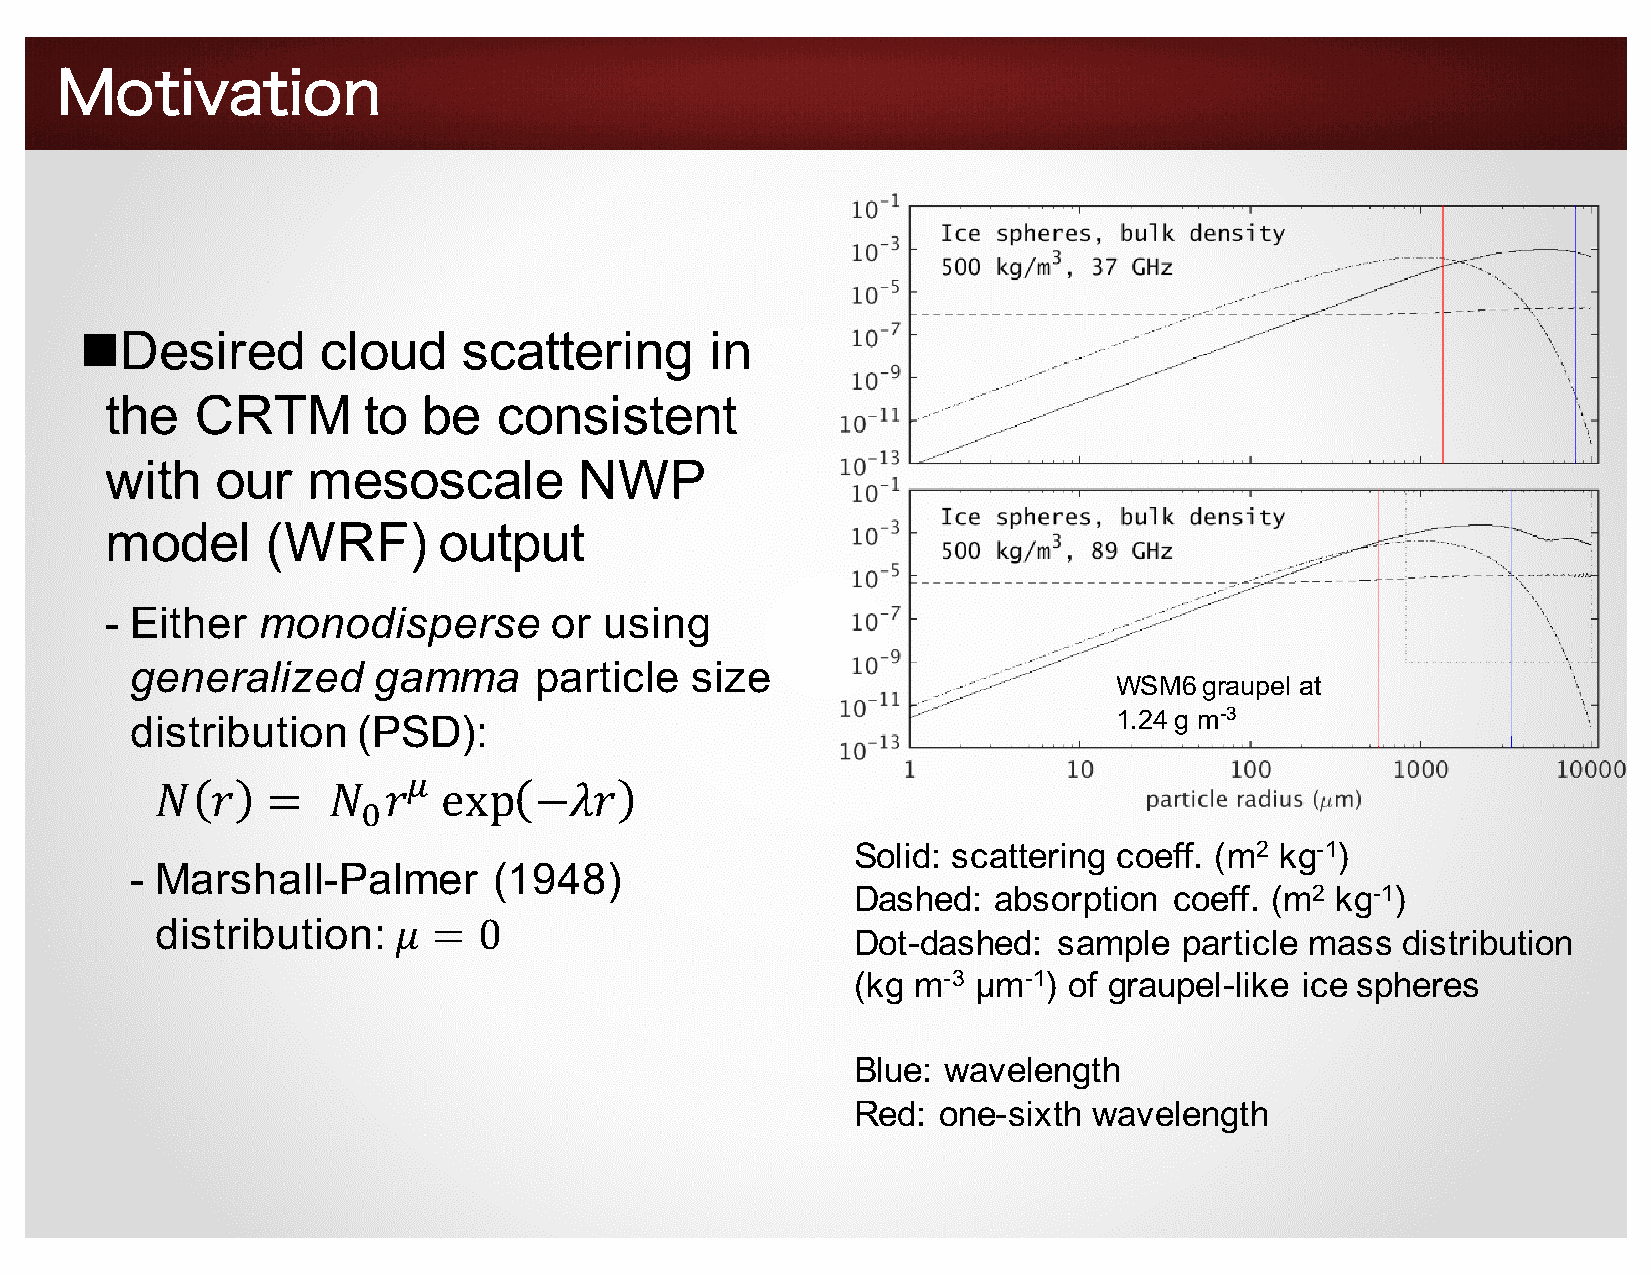
Motivation
 nDesired        cloud     scattering      in
 the   CRTM       to  be   consistent
 with   our   mesoscale         NWP
 model      (WRF)      output
 - Either  monodisperse       or  using
 generalized     gamma     particle   size
 WSM6  graupel at
 distribution   (PSD):                                            1.24 g m-3
 &
 !   "   =  $ ! "   exp   −+"
 %
 Solid: scattering coeff. (m2 kg-1)
 - Marshall-Palmer       (1948)
 Dashed:   absorption  coeff. (m2 kg-1)
 distribution:   𝜇  =  0
 Dot-dashed:   sample  particle mass  distribution
 (kg m-3 µm-1)  of graupel-like ice spheres
 Blue:  wavelength
 Red:  one-sixth wavelength